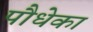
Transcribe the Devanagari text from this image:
पौधेका